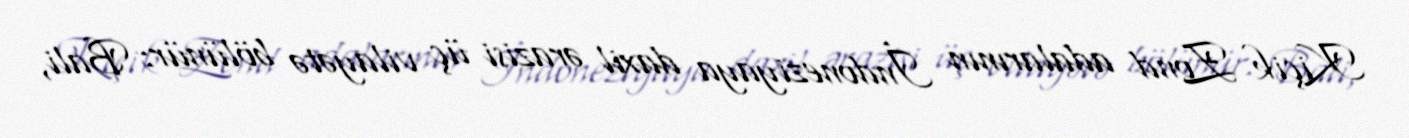
Kiçik Zond adalarının İndoneziyaya daxil ərazisi üç vilayətə bölünür: Bali,